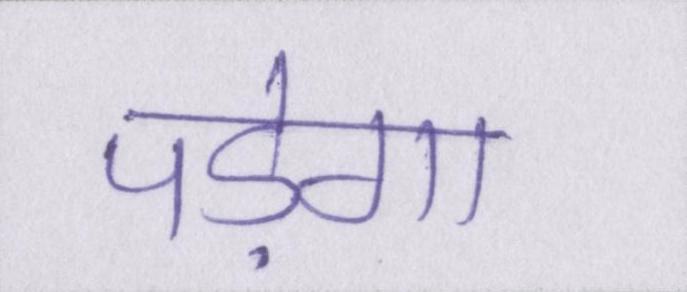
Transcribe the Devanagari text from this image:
पड़ेगा